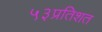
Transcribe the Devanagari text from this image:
५३प्रतिशत